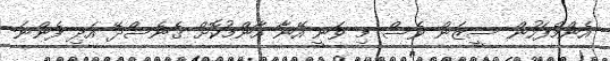
އެންމެފަހުން ސީޒަން ވެސް މި ވަނީ އޭނާ އާންމުކޮށް ގެނެސްދޭ އަދި ފެންނަ